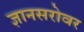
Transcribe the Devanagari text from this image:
ज्ञानसरोवर